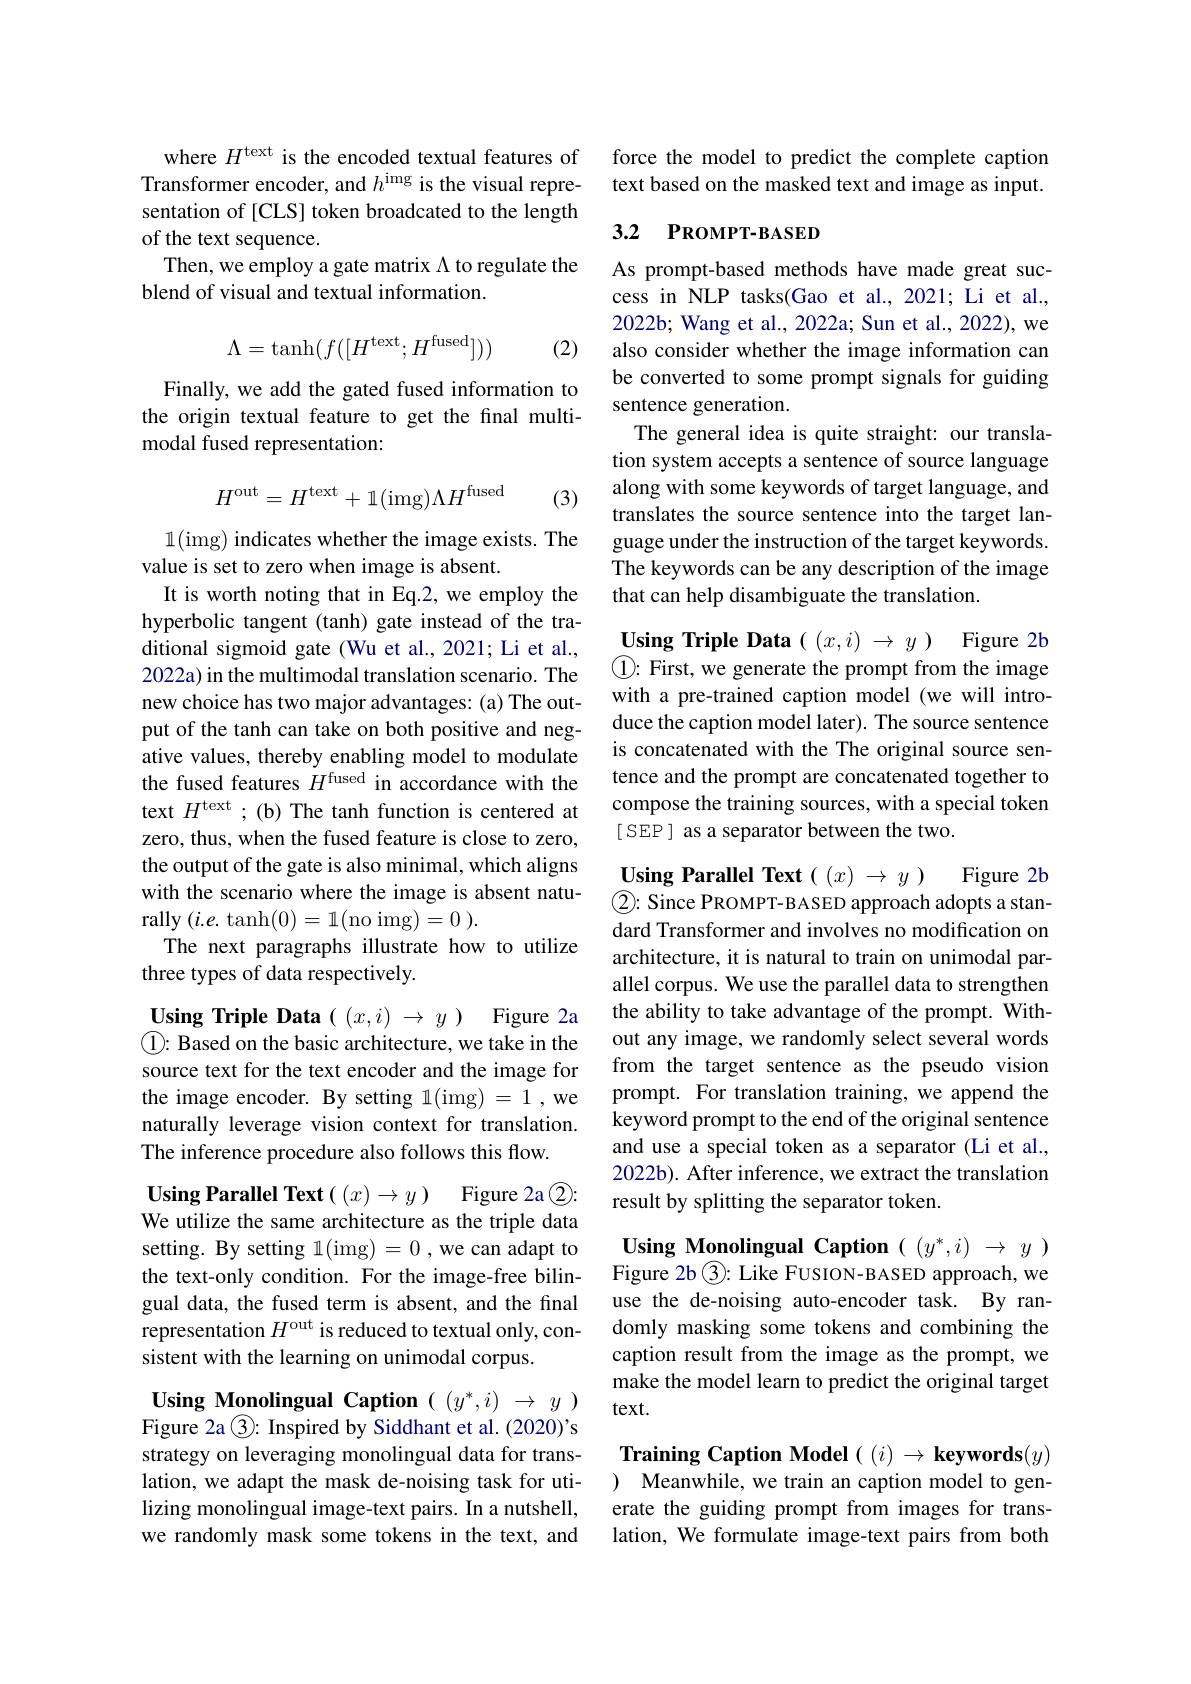
where $H^\mathrm{text}$ is the encoded textual features of Transformer encoder, and $h^\mathrm{img}$ is the visual representation of [CLS] token broadcated to the length of the text sequence.
Then, we employ a gate matrix \Lambda to regulate the
blend of visual and textual information.
$$\Lambda=\tanh(f([H^\mathrm{text};H^\mathrm{fused}]))$$
(2)

Finally, we add the gated fused information to the origin textual feature to get the final multimodal fused representation:

(3)
$$H^{\mathrm{out}}=H^{\mathrm{text}}+1(\mathrm{img})\Lambda H^{\mathrm{fused}}$$
1(img) indicates whether the image exists. The
value is set to zero when image is absent.
It is worth noting that in Eq.2, we employ the hyperbolic tangent (tanh) gate instead of the traditional sigmoid gate (Wu et al., 2021; Li et al., 2022a) in the multimodal translation scenario. The new choice has two major advantages: (a) The output of the tanh can take on both positive and negative values, thereby enabling model to modulate the fused features $H^\mathrm{fused}$ in accordance with the text $H^\mathrm{text}$ ;(b) The tanh function is centered at zero, thus, when the fused feature is close to zero, the output of the gate is also minimal, which aligns with the scenario where the image is absent naturally $(i.e.$tanh(0)=1(no img)=0).
The next paragraphs illustrate how to utilize
three types of data respectively.

Using Triple Data( $(x,i)\to y)$ Figure 2a $\textcircled{1}{:}$ Based on the basic architecture, we take in the source text for the text encoder and the image for the image encoder. By setting 1(img) = 1 ,we naturally leverage vision context for translation. The inference procedure also follows this flow.

Using Parallel Text $( ( x) \to y)$ Figure 2a$\textcircled{2}:$ We utilize the same architecture as the triple data setting. By setting 1(img)=0,we can adapt to the text-only condition. For the image-free bilingual data, the fused term is absent, and the final representation $H^\mathrm{out}$ is reduced to textual only, con- domly masking some tokens and combining the
sistent with the learning on unimodal corpus.

Using Monolingual Caption $((y^*,i)\to y)$ Figure 2a $\textcircled{3}:$ Inspired by Siddhant et al. (2020)'s strategy on leveraging monolingual data for translation, we adapt the mask de-noising task for utilizing monolingual image-text pairs. In a nutshell, we randomly mask some tokens in the text, and

force the model to predict the complete caption text based on the masked text and image as input.

## 3.2 РкомРт-вАSED

As prompt-based methods have made great success in NLP tasks(Gao et al.,2021; Li et al., 2022b; Wang et al., 2022a; Sun et al., 2022), we also consider whether the image information can be converted to some prompt signals for guiding sentence generation.
The general idea is quite straight: our translation system accepts a sentence of source language along with some keywords of target language, and translates the source sentence into the target language under the instruction of the target keywords. The keywords can be any description of the image that can help disambiguate the translation.

Using Triple Data $((x,i)\to y)$ Figure 2b $\textcircled{1}{:}$ First, we generate the prompt from the image with a pre-trained caption model (we will introduce the caption model later). The source sentence is concatenated with the The original source sentence and the prompt are concatenated together to compose the training sources, with a special token [ SEP ] as a separator between the two.

Figure 2b
$\textcircled{2}{:}$ Since PROMPT-BASED approach adopts a stan-

$\textbf{Using Parallel Text}( ( x) \to y)$
dard Transformer and involves no modification on architecture, it is natural to train on unimodal parallel corpus. We use the parallel data to strengthen the ability to take advantage of the prompt. Without any image, we randomly select several words from the target sentence as the pseudo vision prompt. For translation training, we append the keyword prompt to the end of the original sentence and use a special token as a separator (Li et al., 2022b). After inference, we extract the translation result by splitting the separator token.

Using Monolingual Caption $((y^*,i)\to y)$ Figure 2b $\textcircled{3}$: Like FUSION-BASED approach, we

use the de-noising auto-encoder task. By rancaption result from the image as the prompt, we make the model learn to predict the original target $text.$

Training Caption Model $( ( i) \to \textbf{keywords}( y)$ ) Meanwhile, we train an caption model to generate the guiding prompt from images for translation, We formulate image-text pairs from both